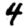
Digit: 4